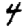
Digit: 4